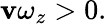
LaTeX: \mathbf{v}\omega_{z}>0.